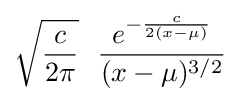
{\sqrt {\frac {c}{2\pi }}}~~{\frac {e^{-{\frac {c}{2(x-\mu )}}}}{(x-\mu )^{3/2}}}